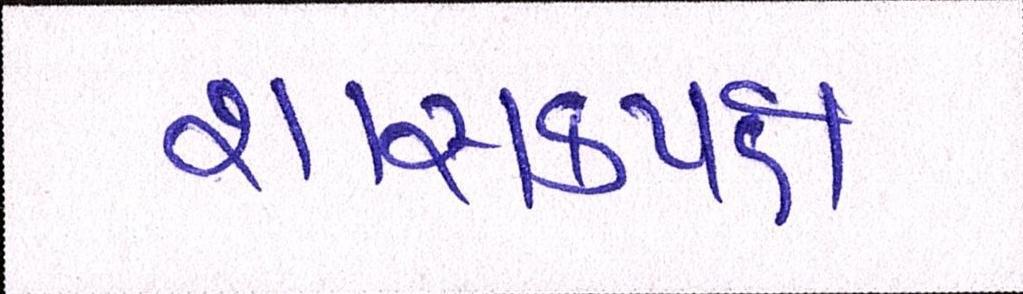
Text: શાસકપક્ષ